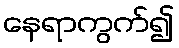
နေရာကွက်၍